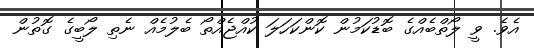
އެވެ. ވީ ލޯތްބެއްގެ ބޮޑުކަމުން ކޮންކަހަލަ ކުއްޖެއްތޯ ބެލުމެއް ނެތި ލޯބީގެ ގޮތުން